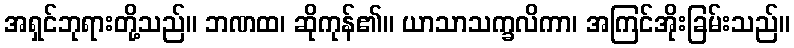
အရှင်ဘုရားတို့သည်။ ဘဏထ၊ ဆိုကုန်၏။ ယာသာသက္ခလိကာ၊ အကြင်အိုးခြမ်းသည်။